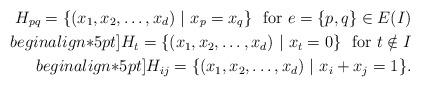
LaTeX: \begin{align*}H_{pq}=\{(x_1,x_2,\ldots,x_d)\ |\ x_p=x_q\}\ \ {\rm for\ }e=\{p,q\}\in E(I) \\begin{align*}5pt] H_t=\{(x_1,x_2,\ldots,x_d)\ |\ x_t=0\} \ \ {\rm for\ }t\notin I\\begin{align*}5pt] H_{ij}=\{(x_1,x_2,\ldots,x_d)\ |\ x_i+x_j=1\}.\end{align*}